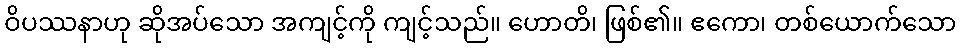
ဝိပဿနာဟု ဆိုအပ်သော အကျင့်ကို ကျင့်သည်။ ဟောတိ၊ ဖြစ်၏။ ဧကော၊ တစ်ယောက်သော